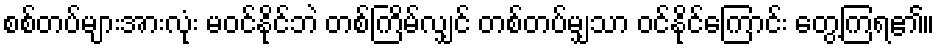
စစ်တပ်များအားလုံး မဝင်နိုင်ဘဲ တစ်ကြိမ်လျှင် တစ်တပ်မျှသာ ဝင်နိုင်ကြောင်း တွေ့ကြရ၏။